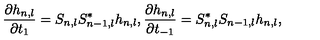
\frac { \partial h _ { n , l } } { \partial t _ { 1 } } = S _ { n , l } S _ { n - 1 , l } ^ { * } h _ { n , l } , \frac { \partial h _ { n , l } } { \partial t _ { - 1 } } = S _ { n , l } ^ { * } S _ { n - 1 , l } h _ { n , l } ,